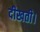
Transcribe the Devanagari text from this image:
दीखती।